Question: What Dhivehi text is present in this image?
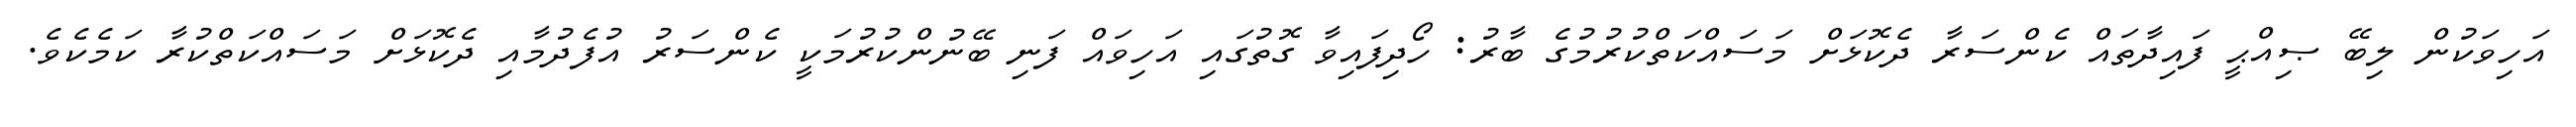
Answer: އަހިވަކުން ލިބޭ ޞިއްޙީ ފައިދާތައް ކެންސަރާ ދެކޮޅަށް މަސައްކަތްކުރުމުގެ ބާރު: ހޯދިފައިވާ ގޮތުގައި އަހިވައް ފަނި ބޭނުންކުރުމަކީ ކެންސަރު އުފެދުމާއި ދެކޮޅަށް މަސައްކަތްކުރާ ކަމެކެވެ.